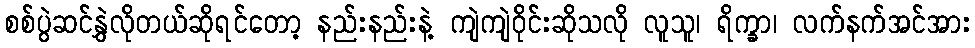
စစ်ပွဲဆင်နွှဲလိုတယ်ဆိုရင်တော့ နည်းနည်းနဲ့ ကျဲကျဲဝိုင်းဆိုသလို လူသူ၊ ရိက္ခာ၊ လက်နက်အင်အား